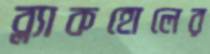
ব্ল্যাকহোলের